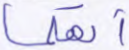
أنهكما